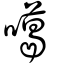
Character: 噶